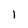
Character: l